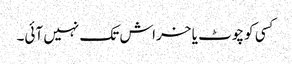
کسی کو چوٹ یا خراش تک نہیں آئی۔